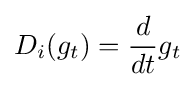
D_{i}(g_{t})={\frac {d}{dt}}g_{t}